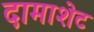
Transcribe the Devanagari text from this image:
दामाशेट